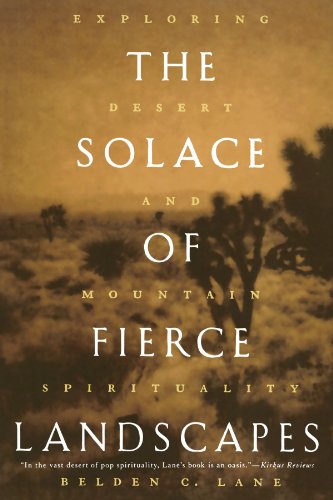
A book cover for The Solace of Fierce Landscapes: Exploring Desert and Mountain Spirituality; Belden C. Lane; Science & Math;